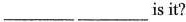
___ ___is it?